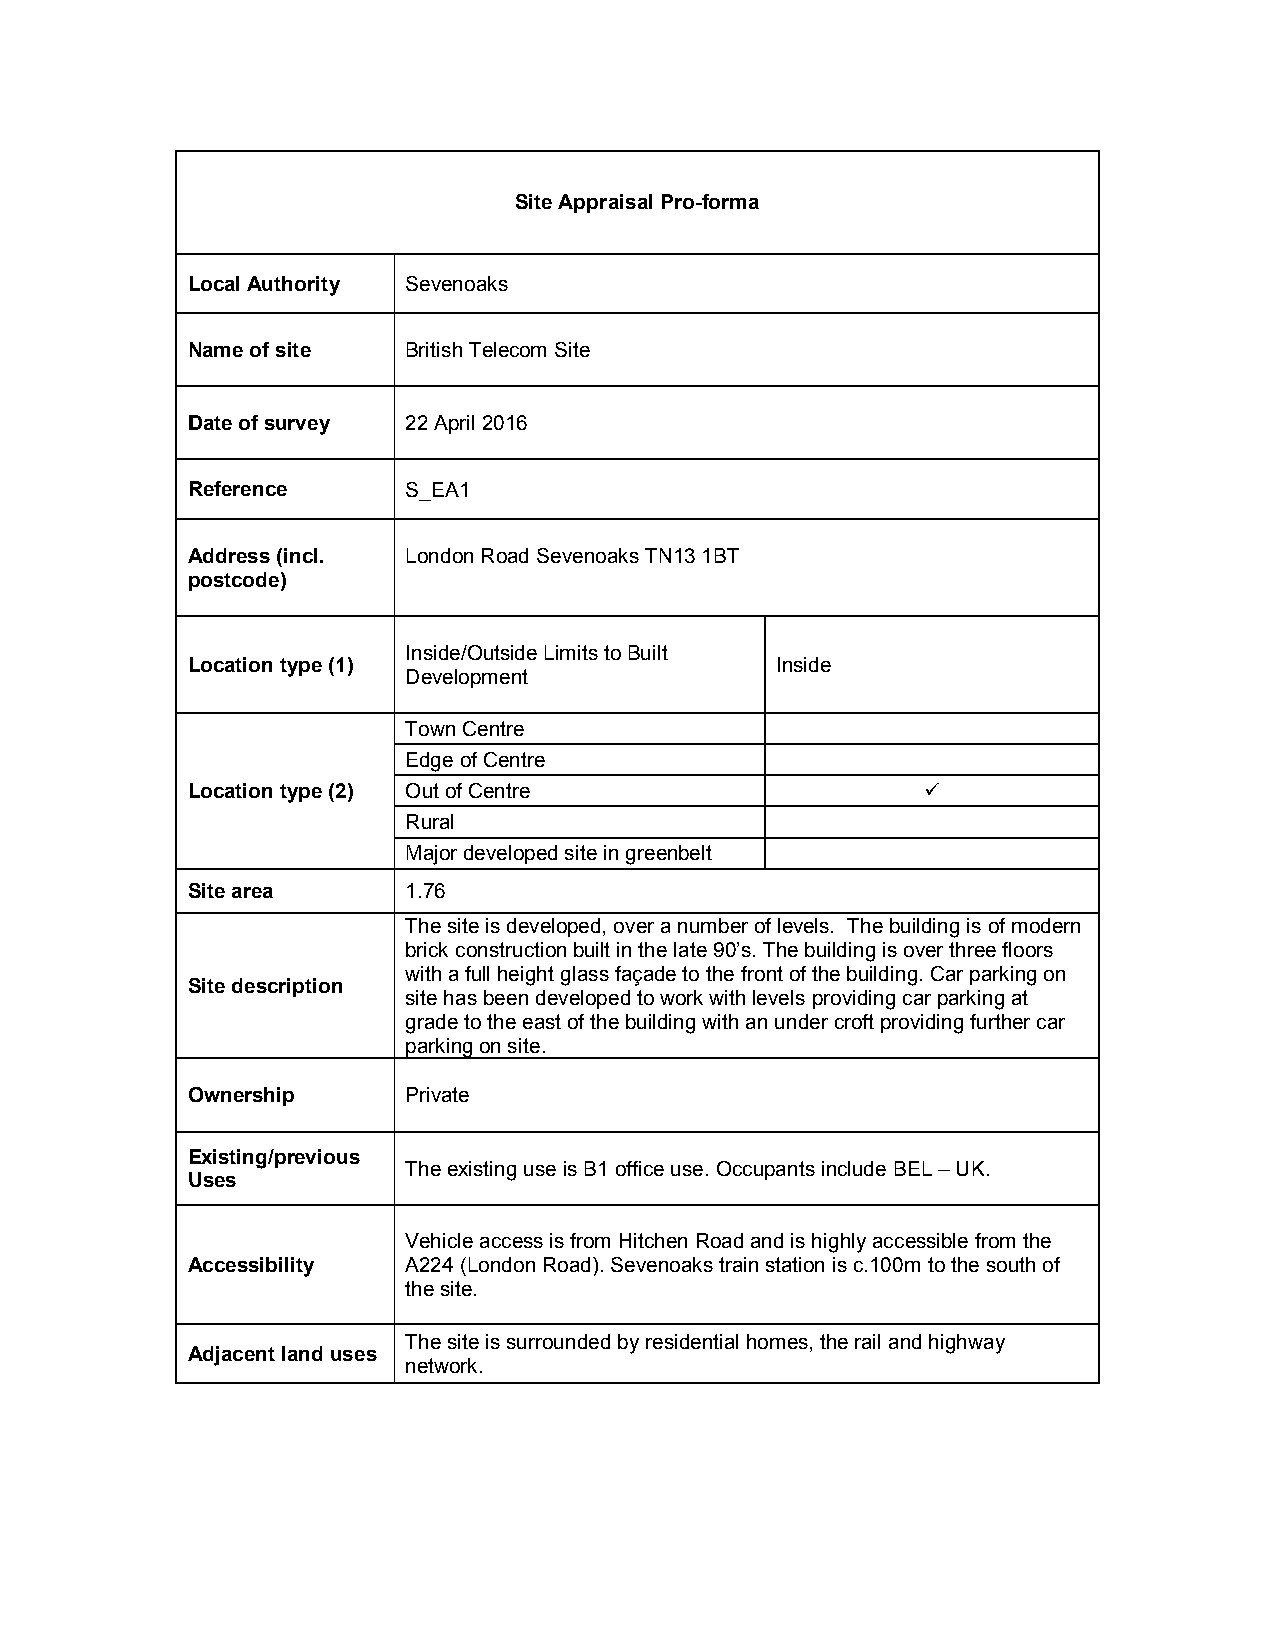
Site Appraisal Pro-forma
 Local Authority Sevenoaks
 Name of site   British Telecom Site
 Date of survey 22 April 2016
 Reference      S_EA1
 Address (incl. London Road Sevenoaks TN13 1BT
 postcode)
 Inside/Outside Limits to Built
 Location type (1)                      Inside
 Development
 Town Centre
 Edge of Centre
 Location type (2) Out of Centre                  
 Rural
 Major developed site in greenbelt
 Site area      1.76
 The site is developed, over a number of levels. The building is of modern
 brick construction built in the late 90’s. The building is over three floors
 with a full height glass façade to the front of the building. Car parking on
 Site description
 site has been developed to work with levels providing car parking at
 grade to the east of the building with an under croft providing further car
 parking on site.
 Ownership      Private
 Existing/previous
 The existing use is B1 office use. Occupants include BEL – UK.
 Uses
 Vehicle access is from Hitchen Road and is highly accessible from the
 Accessibility  A224 (London Road). Sevenoaks train station is c.100m to the south of
 the site.
 The site is surrounded by residential homes, the rail and highway
 Adjacent land uses
 network.